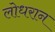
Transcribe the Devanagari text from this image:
लोधरान